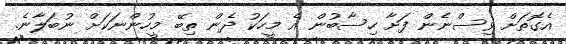
އެގޮތަށް ވިސްނެން ފަށާ ހިސާބުން އެ މީހަކު ދެން ތިބޭ މީހުންނަކަށް ނުބަލާނެ.